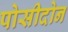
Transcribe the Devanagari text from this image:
पोसीदोन